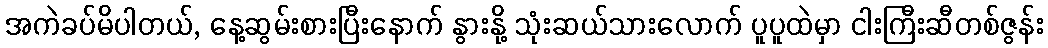
အကဲခပ်မိပါတယ်, နေ့ဆွမ်းစားပြီးနောက် နွားနို့ သုံးဆယ်သားလောက် ပူပူထဲမှာ ငါးကြီးဆီတစ်ဇွန်း